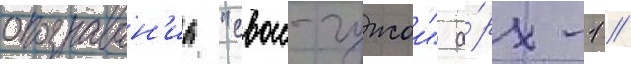
опознаван'иа "свои-чужои" а́рх-1 //